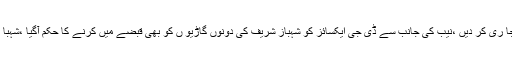
نیب کی طرف سے شہباز شریف کی 3جائیدادیں منجمد کرنے کیلئے ڈی سی ہر ی پور کو ہدایات جا ری کر دیں ،نیب کی جانب سے ڈی جی ایکسائز کو شہباز شریف کی دونوں گاڑیو ں کو بھی قبضے میں کرنے کا حکم آگیا ،شہبا زشریف کی منقولہ 32جائیدادیں منسوخ کا بھی کہا گیا ،نیب کی طرف سے خط جار ی کر دیا گیا ۔